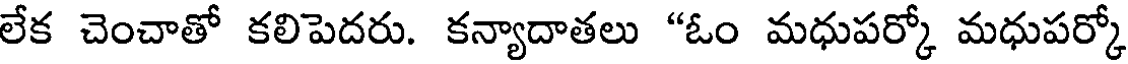
లేక చెంచాతో కలిపెదరు. కన్యాదాతలు "ఓం మధుపర్కో మధుపర్కో